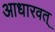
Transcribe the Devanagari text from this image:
आधारवत्